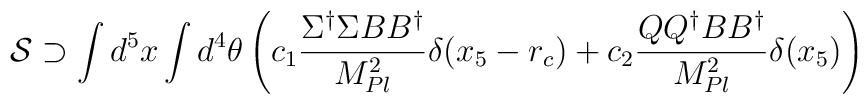
{\cal S} \supset \int d^5 x \int d^4 \theta \left( c_1{ \Sigma^\dagger \Sigma B B^\dagger\over M_{Pl}^2} \delta(x_5-r_c) + c_2{Q Q^\dagger B B^\dagger \over M_{Pl}^2} \delta(x_5) \right)